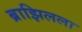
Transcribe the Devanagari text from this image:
ब्राझिलला